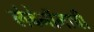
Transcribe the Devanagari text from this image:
लेबेनॉनाची